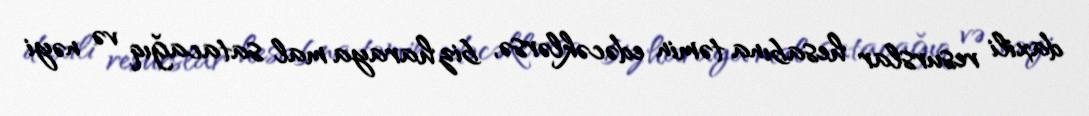
daxili resurslar hesabına təmin edəcəklərsə, biz haraya mal satacağıq və nəyi